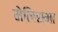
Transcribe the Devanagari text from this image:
मेलिस्मा